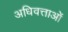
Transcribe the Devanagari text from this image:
अधिवत्ताओं